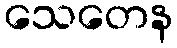
သေတေန